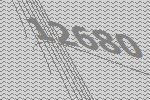
12680